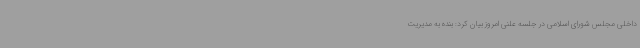
داخلی مجلس شورای اسلامی در جلسه علنی امروز بیان کرد: بنده به مدیریت